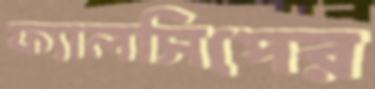
ফ্যালসিপের